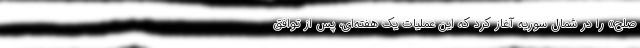
صلح» را در شمال سوریه آغاز کرد که این عملیات یک هفته‌ای، پس از توافق